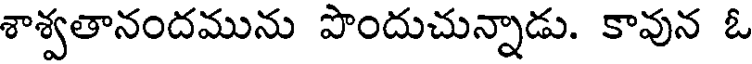
శాశ్వతానందమును పొందుచున్నాడు. కావున ఓ